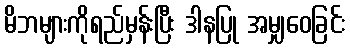
မိဘများကိုရည်မှန်းပြီး ဒါနပြု အမျှဝေခြင်း